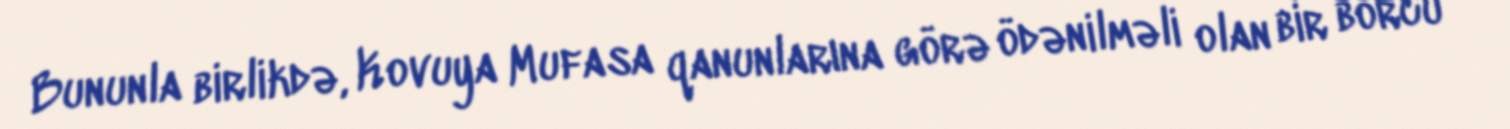
Bununla birlikdə, Kovuya Mufasa qanunlarına görə ödənilməli olan bir borcu